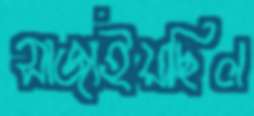
সাজাইয়াছিল